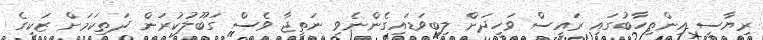
ރިޔާސީ އިންތިހާބުގައި ރައީސް ވަހީދަށް ލިބިވަޑައިގެންނެވި ނަތީޖާ ވެސް ގަބޫލުކުރަން ދަތިކަމަށް ޒަކީގެ